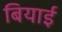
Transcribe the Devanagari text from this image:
बियाई